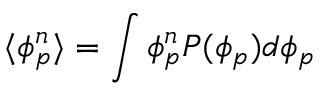
\langle \phi _ { p } ^ { n } \rangle = \int \phi _ { p } ^ { n } P ( \phi _ { p } ) d \phi _ { p }